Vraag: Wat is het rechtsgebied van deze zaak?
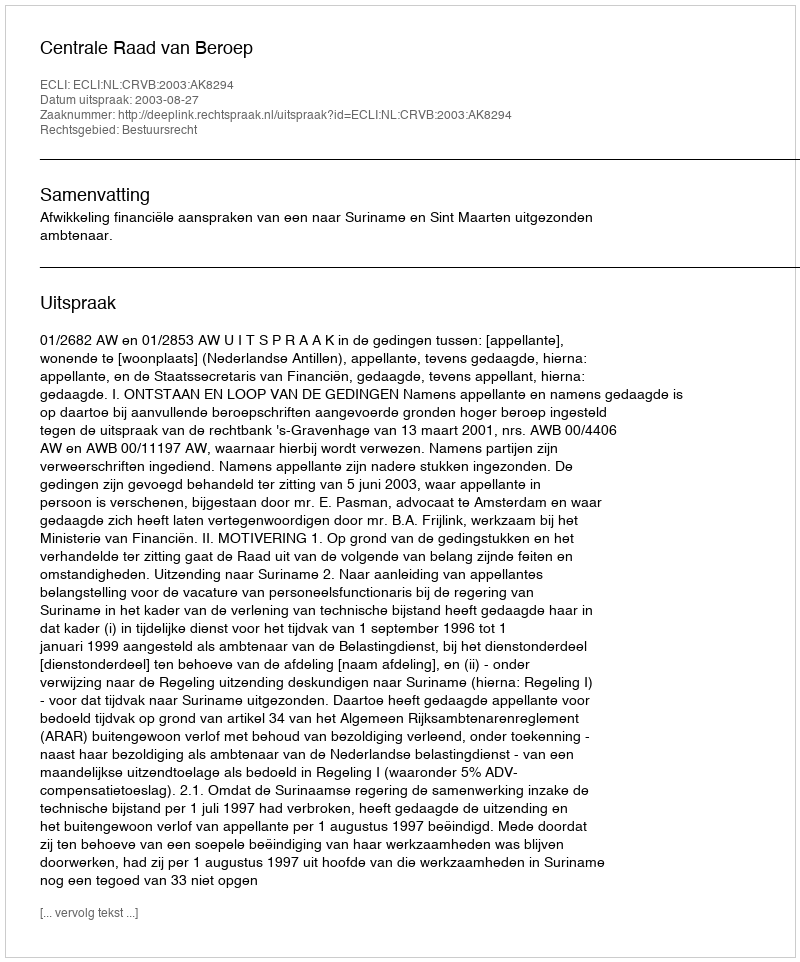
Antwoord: Bestuursrecht